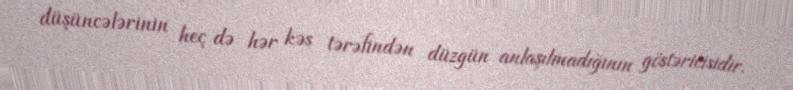
düşüncələrinin heç də hər kəs tərəfindən düzgün anlaşılmadığının göstəricisidir.